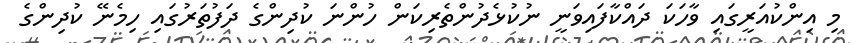
މި އިންކުއަރީގައި ވާހަކަ ދައްކާފައިވަނީ ނުކުޅެދުންތެރިކަން ހުންނަ ކުދިންގެ ދަފުތަރުގައި ހިމެނޭ ކުދިންގެ